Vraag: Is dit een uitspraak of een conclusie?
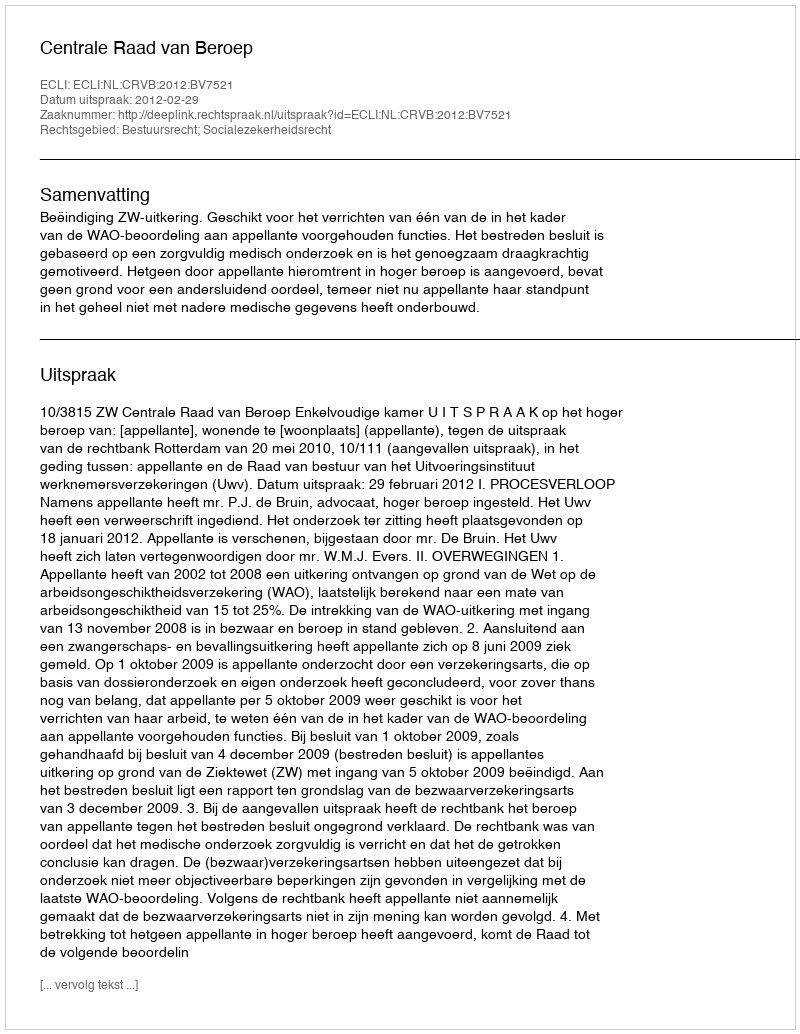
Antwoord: Uitspraak